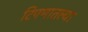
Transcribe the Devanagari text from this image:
टिपणातल्या